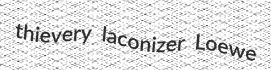
thievery laconizer Loewe